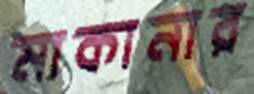
মাকানার